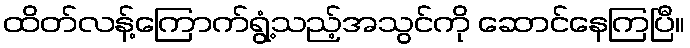
ထိတ်လန့်ကြောက်ရွံ့သည့်အသွင်ကို ဆောင်နေကြပြီ။